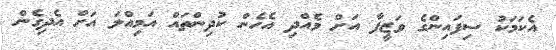
އެކަމަކު ސިފައިންގެ ވަޒީފާ އަށް ވެއްދި އެހެން ކުދިންތައް އަމިއްލަ އަށް އެދިގެން